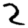
Digit: 2